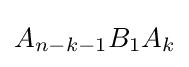
A_{n-k-1}B_{1}A_{k}